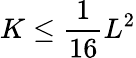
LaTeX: K\leq{\frac{1}{16}}L^{2}